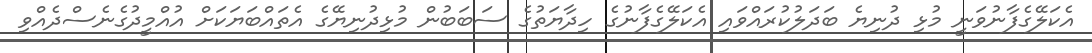
އެކަލޭގެފާނުވަނީ މުޅި ދުނިޔެ ބަދަލުކުރައްވައި އެކަލޭގެފާނުގެ ހިދާޔަތުގެ ސަބަބުން މުޅިދުނިޔޭގެ އެތައްބަޔަކަށް އުއްމީދުގެނެސްދެއްވި